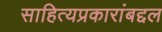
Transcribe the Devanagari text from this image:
साहित्यप्रकारांबद्दल